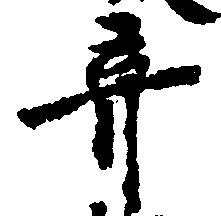
棄